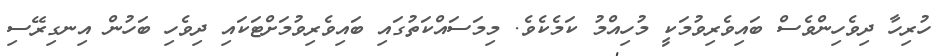
ހުރިހާ ދިވެހިންވެސް ބައިވެރިވުމަކީ މުހިއްމު ކަމެކެވެ. މިމަސައްކަތުގައި ބައިވެރިވުމަށްޓަކައި ދިވެހި ބަހުން އިނގިރޭސި